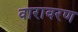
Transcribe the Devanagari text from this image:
वारावरण